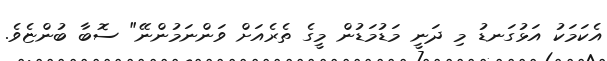
އެކަމަކު އަޅުގަނޑު މި ދަނީ މަޑުމަޑުން މީގެ ތެރެއަށް ވަންނަމުންނޭ" ސޮބާ ބުންޏެވެ.